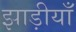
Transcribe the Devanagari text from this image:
झाड़ीयाँ